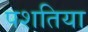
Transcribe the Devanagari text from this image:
पशतिया